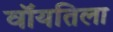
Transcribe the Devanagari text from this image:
वॉयतिला